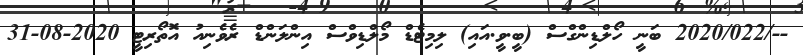
--/2020/022 ބަނީ ހޯލްޑިންގްސް (ބީ.ވީ.އައި) ލިމިޓެޑް މޯލްޑިވްސް އިންލަންޑް ރެވެނިއު އޮތޯރިޓީ 2020-08-31